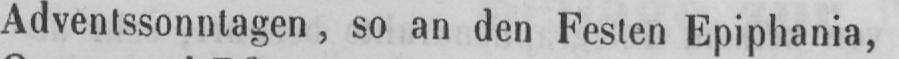
Adventssonntagen, so an den Festen Epiphania,